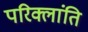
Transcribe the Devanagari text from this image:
परिक्लांति